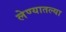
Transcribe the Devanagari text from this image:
लेण्यातल्या